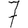
Digit: 7